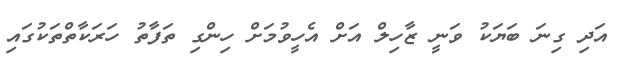
އަދި ގިނަ ބަޔަކު ވަނީ ޒާހިލް އަށް އެހީވުމަށް ހިންގި ތަފާތު ހަރަކާތްތަކުގައި